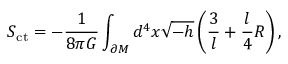
S _ { \mathrm { c t } } = - \frac { 1 } { 8 \pi G } \int _ { \partial \cal M } d ^ { 4 } x \sqrt { - h } \left( \frac { 3 } { l } + \frac { l } { 4 } R \right) ,